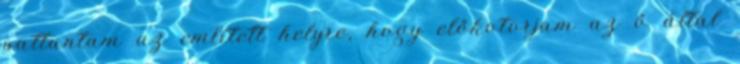
pattantam az említett helyre, hogy előkotorjam az ő által